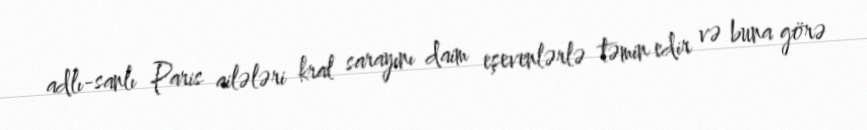
adlı-sanlı Paris ailələri kral sarayını daim eşevenlərlə təmin edir və buna görə